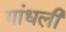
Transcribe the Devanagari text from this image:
गांधली